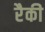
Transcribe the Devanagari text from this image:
रैकी